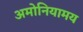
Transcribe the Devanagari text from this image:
अमोनियामय